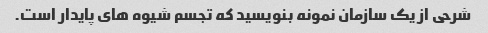
شرحی از یک سازمان نمونه بنویسید که تجسم شیوه های پایدار است.